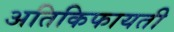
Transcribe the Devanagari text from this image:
अतिकिफायती